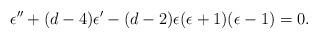
LaTeX: \begin{align*}\epsilon'' + (d-4) \epsilon' - (d-2) \epsilon (\epsilon+1)(\epsilon-1) =0 . \end{align*}